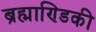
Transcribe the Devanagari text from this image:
ब्रह्माण्डिकी